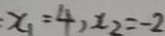
x _ { 1 } = 4 , x _ { 2 } = - 2